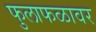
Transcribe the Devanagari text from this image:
फुलाफळावर